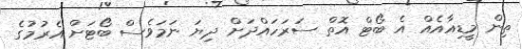
ތިން މީޑިއާއެއް އެ ބޯޓް އޮތް ސަރަހައްދަށް ދިޔަ ނަމަވެސް ބޯޓަށް އެރުމުގެ